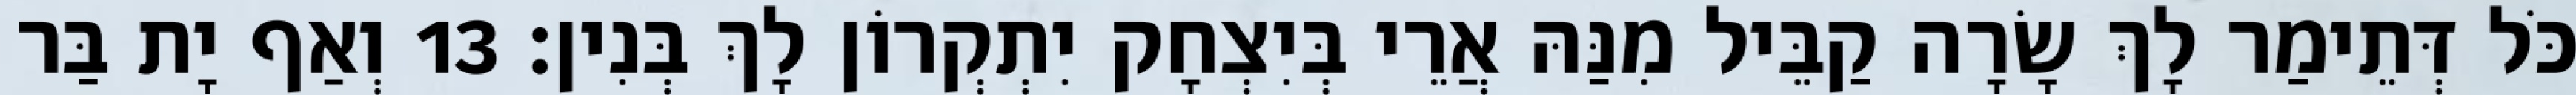
כֹּל דְּתֵימַר לָךְ שָׂרָה קַבֵּיל מִנַּהּ אֲרֵי בְּיִצְחָק יִתְקְרוֹן לָךְ בְּנִין׃ 13 וְאַף יָת בַּר